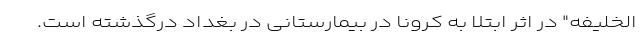
الخلیفه" در اثر ابتلا به کرونا در بیمارستانی در بغداد درگذشته است.